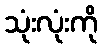
သုံးလုံးကို